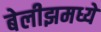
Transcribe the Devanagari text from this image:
बेलीझमध्ये